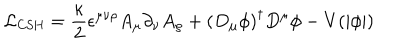
{ \cal L } _ { \mathrm { C S H } } = { \frac { \kappa } { 2 } } \epsilon ^ { \mu \nu \rho } A _ { \mu } \partial _ { \nu } A _ { \rho } + \left( D _ { \mu } \phi \right) ^ { \dagger } D ^ { \mu } \phi - V ( | \phi | )